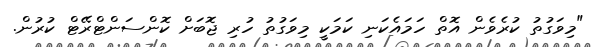
"މިވަގުތު ކުރެވެން އޮތް ހަމައެކަނި ކަމަކީ މިވަގުތު ހުރި ޖޮބަށް ކޮންސަންޓްރޭޓް ކުރުން.